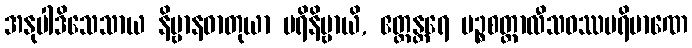
အနုပါဒိသေသာယ နိဗ္ဗာနဓာတုယာ ပရိနိဗ္ဗာယိ, ဧတ္ထန္တရေ ပဉ္စစတ္တာလီသဝဿပရိမာဏေ